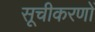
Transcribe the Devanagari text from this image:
सूचीकरणों